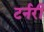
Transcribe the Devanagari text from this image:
टर्नरी